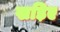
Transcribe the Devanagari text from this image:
खड़िए